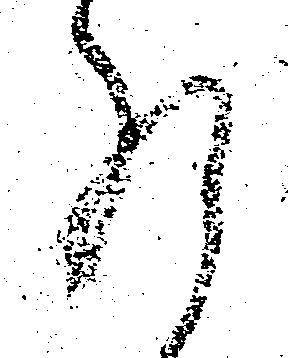
肝